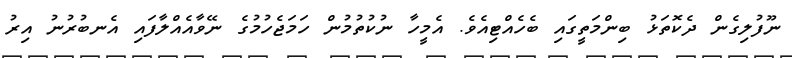
ނޫފުލިގެން ދެކޮތަޅު ބިންމަތީގައި ބެހެއްޓިއެވެ. އެމީހާ ނުކުތުމުން ހަމަޖެހުމުގެ ނޭވާއެއްލާފައި އެނބުރުނު އިރު